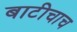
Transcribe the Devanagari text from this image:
बाटीचाच